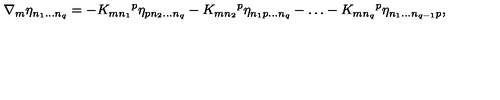
\nabla _ { m } \eta _ { n _ { 1 } \dots n _ { q } } = - K _ { m n _ { 1 } } { } ^ { p } \eta _ { p n _ { 2 } \dots n _ { q } } - K _ { m n _ { 2 } } { } ^ { p } \eta _ { n _ { 1 } p \dots n _ { q } } - \dots - K _ { m n _ { q } } { } ^ { p } \eta _ { n _ { 1 } \dots n _ { q - 1 } p } ,